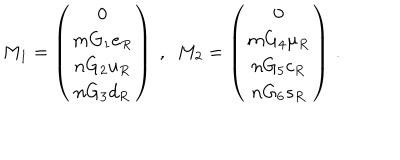
M _ { 1 } = \left( \begin{matrix} { { 0 } } \\ { { m G _ { 1 } e _ { R } } } \\ { { n G _ { 2 } u _ { R } } } \\ { { n G _ { 3 } d _ { R } } } \\ \end{matrix} \right) ~ , ~ ~ M _ { 2 } = \left( \begin{matrix} { { 0 } } \\ { { m G _ { 4 } \mu _ { R } } } \\ { { n G _ { 5 } c _ { R } } } \\ { { n G _ { 6 } s _ { R } } } \\ \end{matrix} \right) \, .